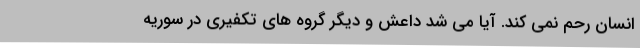
انسان رحم نمی کند. آیا می شد داعش و دیگر گروه های تکفیری در سوریه